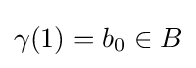
\gamma (1)=b_{0}\in B